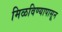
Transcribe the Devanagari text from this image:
मिळविण्यापासून